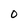
Character: O